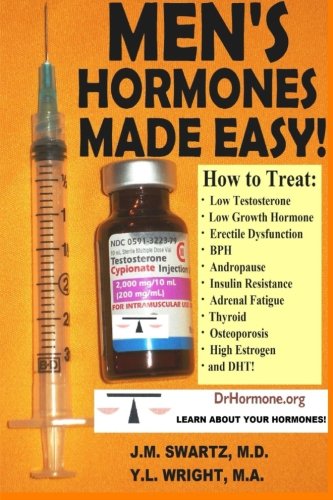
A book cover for Men's Hormones Made Easy!: How to Treat Low Testosterone, Low Growth Hormone, Erectile Dysfunction, BPH, Andropause, Insulin Resistance, Adrenal Fatigue, Thyroid, Osteoporosis, High Estrogen, and DHT!; J.M. Swartz M.D.; Health, Fitness & Dieting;